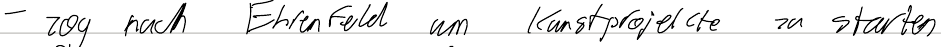
- zog nach Ehrenfeld um Kunstprojekte zu starten